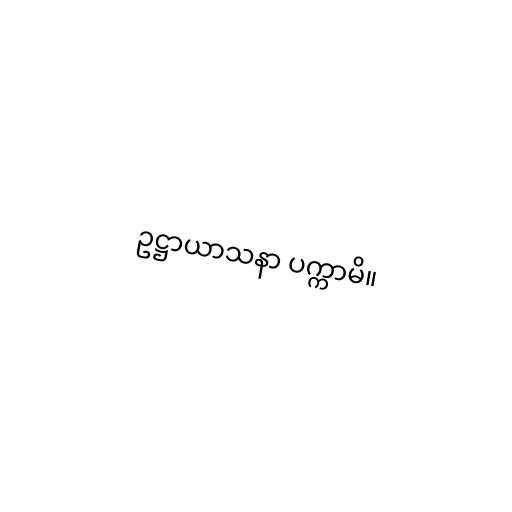
ဥဋ္ဌာယာသနာ ပက္ကာမိ။